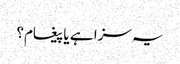
یہ سزا ہے یا پیغام؟